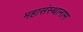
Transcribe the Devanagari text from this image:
महासंस्थानाम